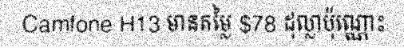
Camfone H13 មានតម្លៃ $78 ដុល្លាប៉ុណ្ណោះ